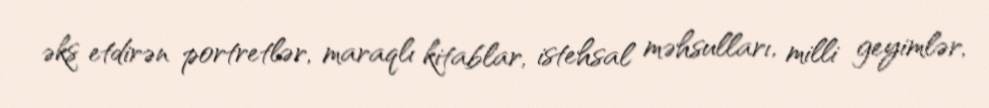
əks etdirən portretlər, maraqlı kitablar, istehsal məhsulları, milli geyimlər,